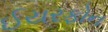
ઈયરફોન